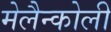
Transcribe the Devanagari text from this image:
मेलैन्कोली